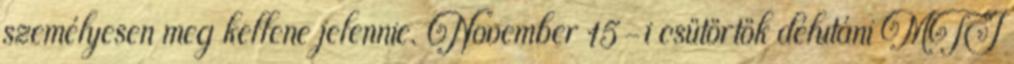
személyesen meg kellene jelennie. November 15-i csütörtök délutáni MTI